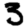
Digit: 3